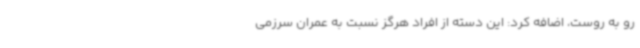
رو به روست، اضافه کرد: این دسته از افراد هرگز نسبت به عمران سرزمی